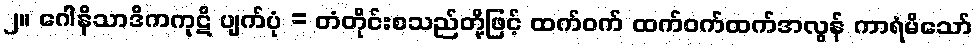
၂။ ဂေါနိသာဒိကကုဋိ ပျက်ပုံ = တံတိုင်းစသည်တို့ဖြင့် ထက်ဝက် ထက်ဝက်ထက်အလွန် ကာရံမိသော်